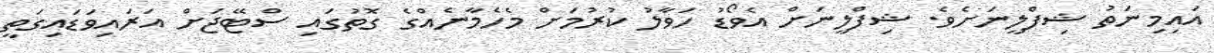
އައިމިނަތު ޝިފްލީނަށެވެ. ޝިފްލީނަށް އެވޯޑު ހަވާލު ކުރުމަށް މެހެމާނެއްގެ ގޮތުގައި ސްޓޭޖަށް އަރައިވަޑައިގަތީ